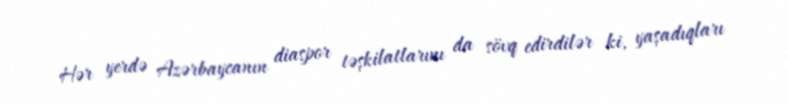
Hər yerdə Azərbaycanın diaspor təşkilatlarını da sövq edirdilər ki, yaşadıqları